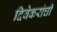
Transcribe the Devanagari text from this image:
दिवेकरांची